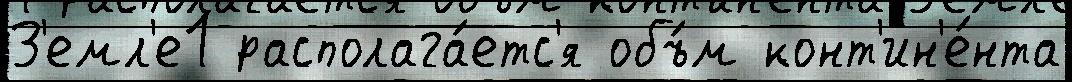
З'емл'е1 располага́етс'я объ́м конт'ин'е́нта